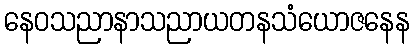
နေဝသညာနာသညာယတနသံယောဇနေန